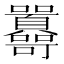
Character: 𡆔